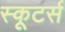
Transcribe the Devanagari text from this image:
स्कूटर्स